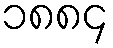
၁၈၈၄